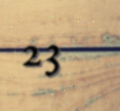
23